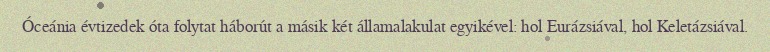
Óceánia évtizedek óta folytat háborút a másik két államalakulat egyikével: hol Eurázsiával, hol Keletázsiával.